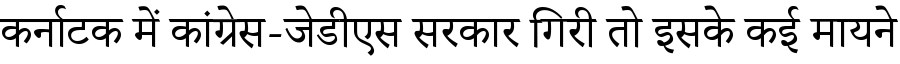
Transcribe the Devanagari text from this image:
कर्नाटक में कांग्रेस-जेडीएस सरकार गिरी तो इसके कई मायने